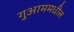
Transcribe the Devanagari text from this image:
गुआममधील